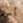
أحد